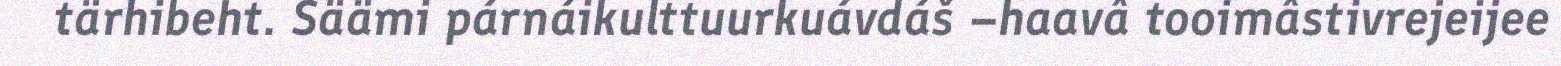
tärhibeht. Säämi párnáikulttuurkuávdáš –haavâ tooimâstivrejeijee